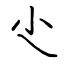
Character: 尐